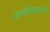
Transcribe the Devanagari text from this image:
काचीअम्पाठी